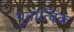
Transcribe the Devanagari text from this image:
पुतात्विक